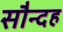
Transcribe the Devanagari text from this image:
सौन्दह